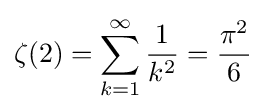
\zeta (2)=\sum _{k=1}^{\infty }{\frac {1}{k^{2}}}={\frac {\pi ^{2}}{6}}